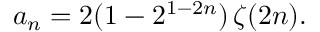
a _ { n } = 2 ( 1 - 2 ^ { 1 - 2 n } ) \, \zeta ( 2 n ) .